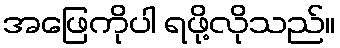
အဖြေကိုပါ ရဖို့လိုသည်။